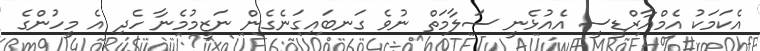
އެކަމަކު އެމްއާރްޑީސީ އެއުޅެނީ ސަލާމަތް ނުވެ ގަނބައިގަނެގެން ނަޒީމުމެނާ ހެދި އެ މީހުންގެ